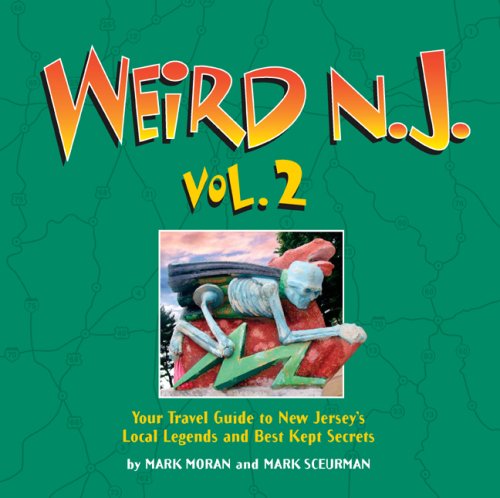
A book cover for Weird N.J., Vol. 2: Your Travel Guide to New Jersey's Local Legends and Best Kept Secrets; Mark Moran; Travel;